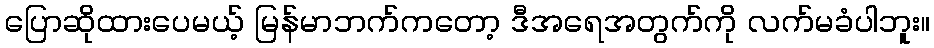
ပြောဆိုထားပေမယ့် မြန်မာဘက်ကတော့ ဒီအရေအတွက်ကို လက်မခံပါဘူး။